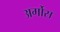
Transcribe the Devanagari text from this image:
अर्गोस